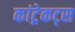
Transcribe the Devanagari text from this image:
कांट्रेकट्स